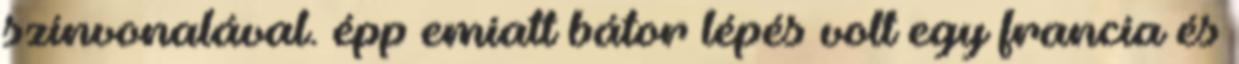
színvonalával. épp emiatt bátor lépés volt egy francia és